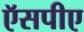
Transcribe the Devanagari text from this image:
ऍसपीए